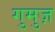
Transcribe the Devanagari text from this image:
गुमुज़